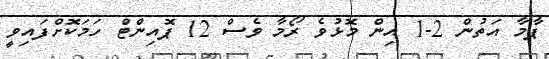
ޕާމާ އަތުން 2-1 އިން މޮޅުވެ ރޯމާ ވެސް 12 ޕޮއިންޓް ހަމަކޮށްފައިވީ